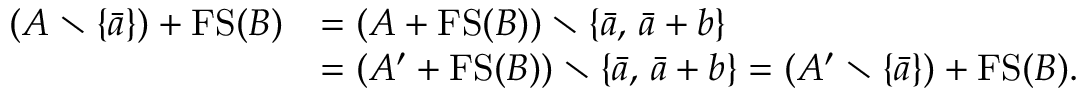
\begin{array} { r l } { ( A \setminus \{ \bar { a } \} ) + \ensuremath { \operatorname { F S } } ( B ) } & { = ( A + \ensuremath { \operatorname { F S } } ( B ) ) \setminus \{ \bar { a } , \, \bar { a } + b \} } \\ & { = ( A ^ { \prime } + \ensuremath { \operatorname { F S } } ( B ) ) \setminus \{ \bar { a } , \, \bar { a } + b \} = ( A ^ { \prime } \setminus \{ \bar { a } \} ) + \ensuremath { \operatorname { F S } } ( B ) . } \end{array}